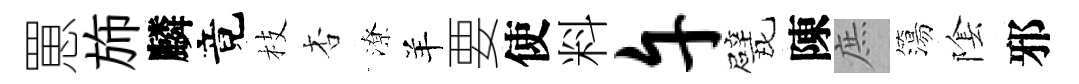
罳斾麟竟枝杏潦羊要使料午戏陳庶簜隂邪